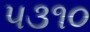
૫૩૧૦